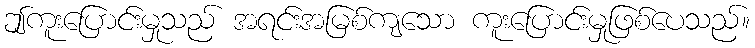
ဤကူးပြောင်းမှုသည် အရင်းအမြစ်ကျသော ကူးပြောင်းမှုဖြစ်ပေသည်။